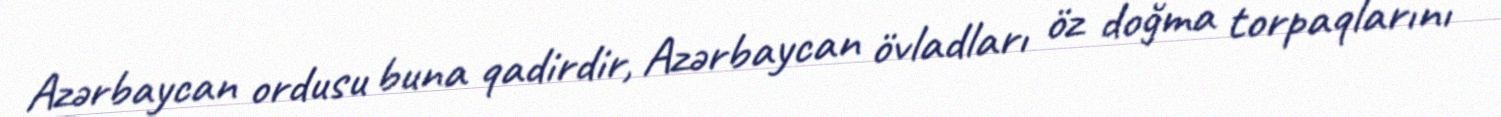
Azərbaycan ordusu buna qadirdir, Azərbaycan övladları öz doğma torpaqlarını